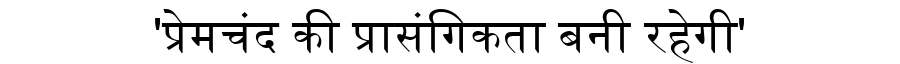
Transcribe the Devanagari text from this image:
'प्रेमचंद की प्रासंगिकता बनी रहेगी'